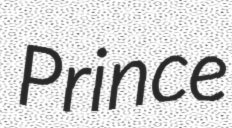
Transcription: Prince